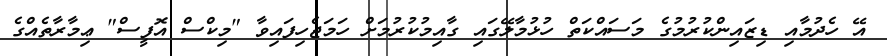
އޭ ހެދުމާއި ޑިޒައިންކުރުމުގެ މަސައްކަތް ހުޅުމާލޭގައި ގާއިމުކުރުމަށް ހަމަޖެހިފައިވާ "މިކްސް އޮފީސް" ޢިމާރާތެއްގެ